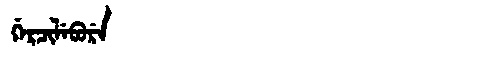
Manchu: ᡤᡝᡵᠴᡳᠯᡝᠪᡠᡵᡝ
Romanization: GERCILEBURE